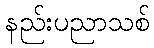
နည်းပညာသစ်